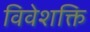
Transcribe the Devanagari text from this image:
विवेशक्ति